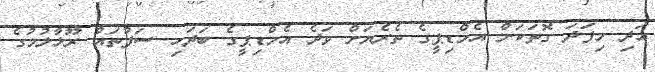
އަދި މިފަދަ ގޮތަކަށް އެމްޑިޕީގެ ތެރެޔަށް ވަދެ އެމްޑިޕީގެ ބަދަހި ސަފުތައް ރޫޅާލުމުގެ